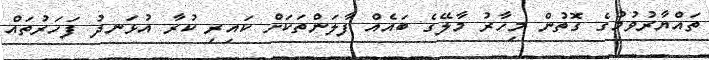
ތައްޔާރުވުމުގެ ގޮތުން މިހާރު މާލޭގެ ބައެއް ފާލަންތަކަށް ކައިރި ކުރާ އުޅަނދު ފަހަރުތައް